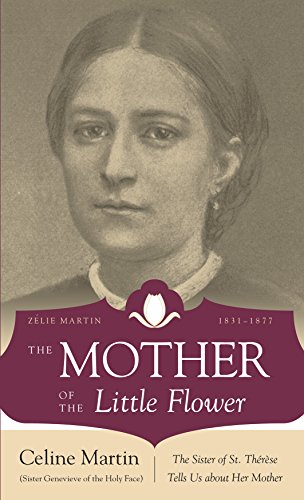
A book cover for The Mother of the Little Flower: The Sister of St. Therese Tells Us about Her Mother; Sr. Genevieve of Holy Face; Christian Books & Bibles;